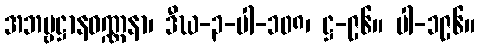
အဘဗ္ဗဋ္ဌာနဝဏ္ဏနာ၊ ဒီဃ-၃-ပါ-၁၀၈၊ ဋ္ဌ-၉၆။ ပါ-၁၉၆။